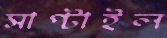
সাপ্‌টাইল